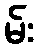
မ်း